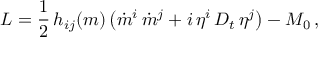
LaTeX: L = \frac { 1 } { 2 } \, h _ { i j } ( m ) \left( \dot { m } ^ { i } \, \dot { m } ^ { j } + i \, \eta ^ { i } \, { \cal D } _ { t } \, \eta ^ { j } \right) - M _ { 0 } \, ,